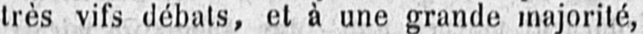
très vifs débats, et à une grande majorité,